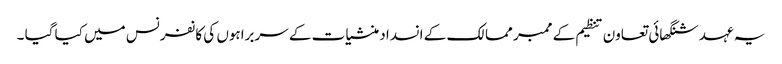
یہ عہد شنگھائی تعاون تنظیم کے ممبر ممالک کے انسداد منشیات کے سربراہوں کی کانفرنس میں کیا گیا ۔